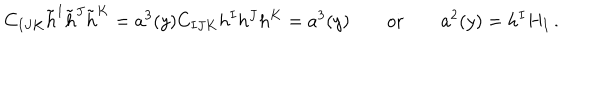
C _ { I J K } \tilde { h } ^ { I } \tilde { h } ^ { J } \tilde { h } ^ { K } = a ^ { 3 } ( y ) C _ { I J K } h ^ { I } h ^ { J } h ^ { K } = a ^ { 3 } ( y ) \qquad \mathrm { o r } \qquad a ^ { 2 } ( y ) = h ^ { I } H _ { I } \, .